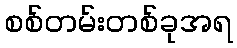
စစ်တမ်းတစ်ခုအရ